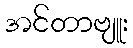
အင်တာဗျူး